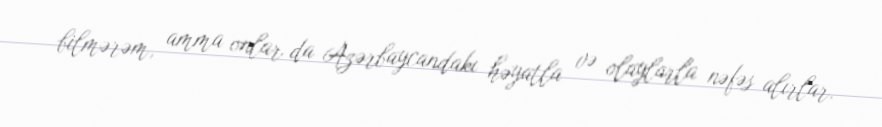
bilmərəm, amma onlar da Azərbaycandakı həyatla və olaylarla nəfəs alırlar.